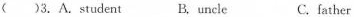
( )3.A.student B, uncle C. father